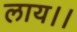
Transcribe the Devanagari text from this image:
लाय।।